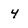
Character: 4